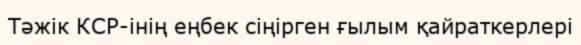
Тәжік КСР-інің еңбек сіңірген ғылым қайраткерлері